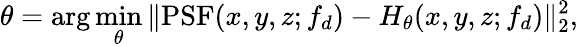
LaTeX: \theta=\arg\operatorname*{min}_{\theta}\| \mathrm{PSF}(x,y,z;f_{d})-H_{\theta}(x,y,z;f_{d})\| _{2}^{2},